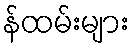
န်ထမ်းများ